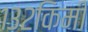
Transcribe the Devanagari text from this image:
१३२किमी